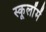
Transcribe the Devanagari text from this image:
स्कूलोंमें